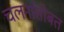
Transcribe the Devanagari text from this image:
चलनांसोबत